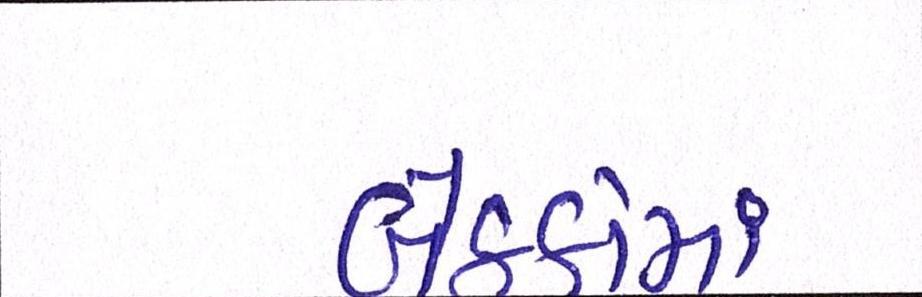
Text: બેઠકોમાં